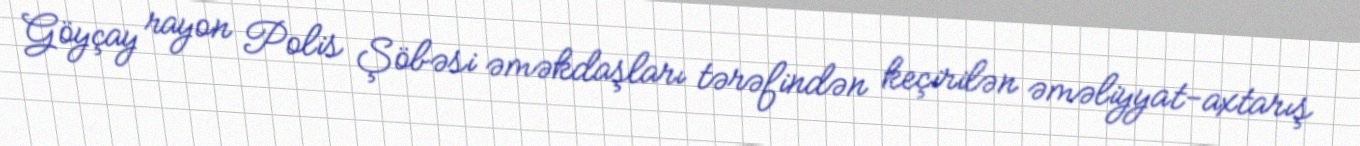
Göyçay rayon Polis Şöbəsi əməkdaşları tərəfindən keçirilən əməliyyat-axtarış